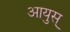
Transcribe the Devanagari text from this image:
आयुस्‌